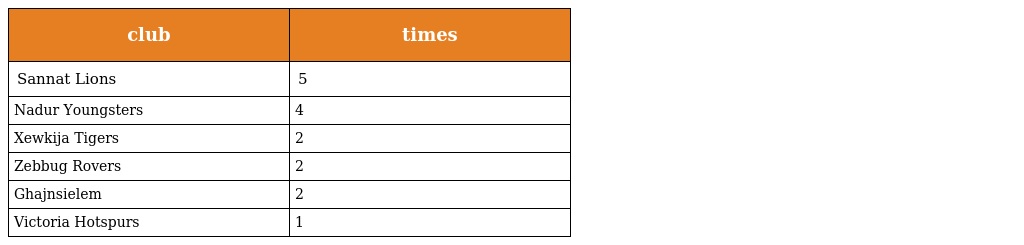
| club | times |
 | --- | --- |
 | Sannat Lions | 5 |
 | Nadur Youngsters | 4 |
 | Xewkija Tigers | 2 |
 | Zebbug Rovers | 2 |
 | Ghajnsielem | 2 |
 | Victoria Hotspurs | 1 |